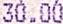
30.00